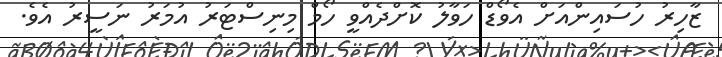
ޒާހިރު ހުސައިންއަށް އެވޯޑް ހަވާލު ކޮށްދެއްވީ ހޯމް މިނިސްޓަރު އުމަރު ނަސީރު އެވެ.